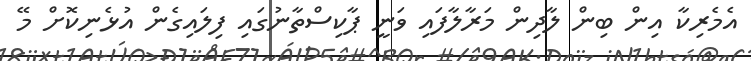
އެމެރިކާ އިން ބިން ލާދިން މަރާލާފައި ވަނީ ޕާކިސްތާނުގައި ފިލައިގެން އުޅެނިކޮށް މޭ